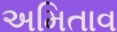
અમિતાવ